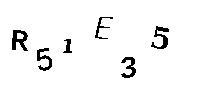
R51E35